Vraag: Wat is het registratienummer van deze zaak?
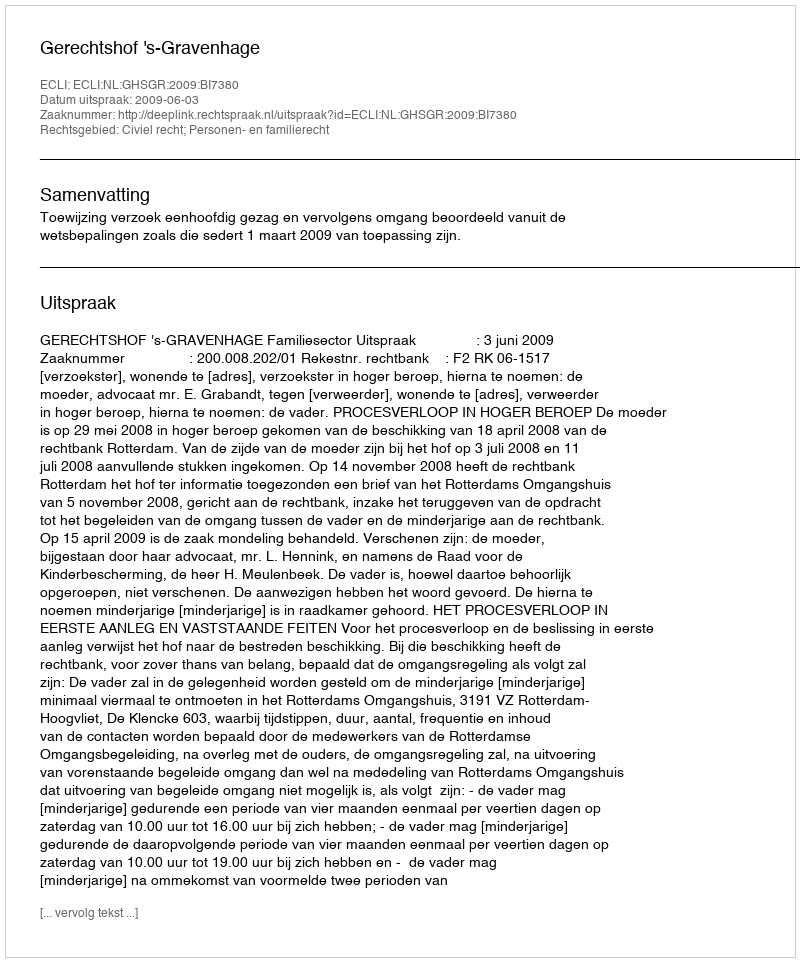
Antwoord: http://deeplink.rechtspraak.nl/uitspraak?id=ECLI:NL:GHSGR:2009:BI7380